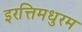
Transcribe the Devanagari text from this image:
इरत्तिमधुरम